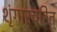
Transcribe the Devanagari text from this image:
शृंगारचरित्